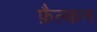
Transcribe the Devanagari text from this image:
फ़ैल्कन